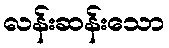
လန်းဆန်းသော